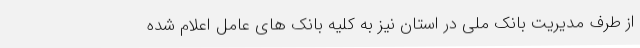
از طرف مدیریت بانک ملی در استان نیز به کلیه بانک های عامل اعلام شده